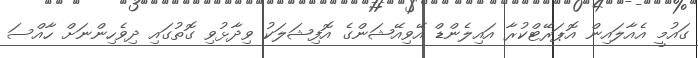
ގައުމީ އެއާލައިން އޮޕަރޭޓްކުރާ އައިލެންޑް އޭވިއޭޝަންގެ އޮފިޝަލަކު ވިދާޅުވި ގޮތުގައި ދިވެހިންނަށް ހާއްސަ